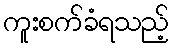
ကူးစက်ခံရသည့်